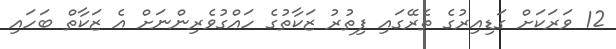
12 ވަރަކަށް ގަޑިއިރުގެ ތެރޭގައި ފިތުރު ޒަކާތުގެ ހައްގުވެރިންނަށް އެ ޒަކާތް ބަހައި